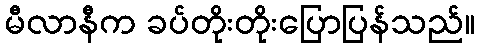
မီလာနီက ခပ်တိုးတိုးပြောပြန်သည်။